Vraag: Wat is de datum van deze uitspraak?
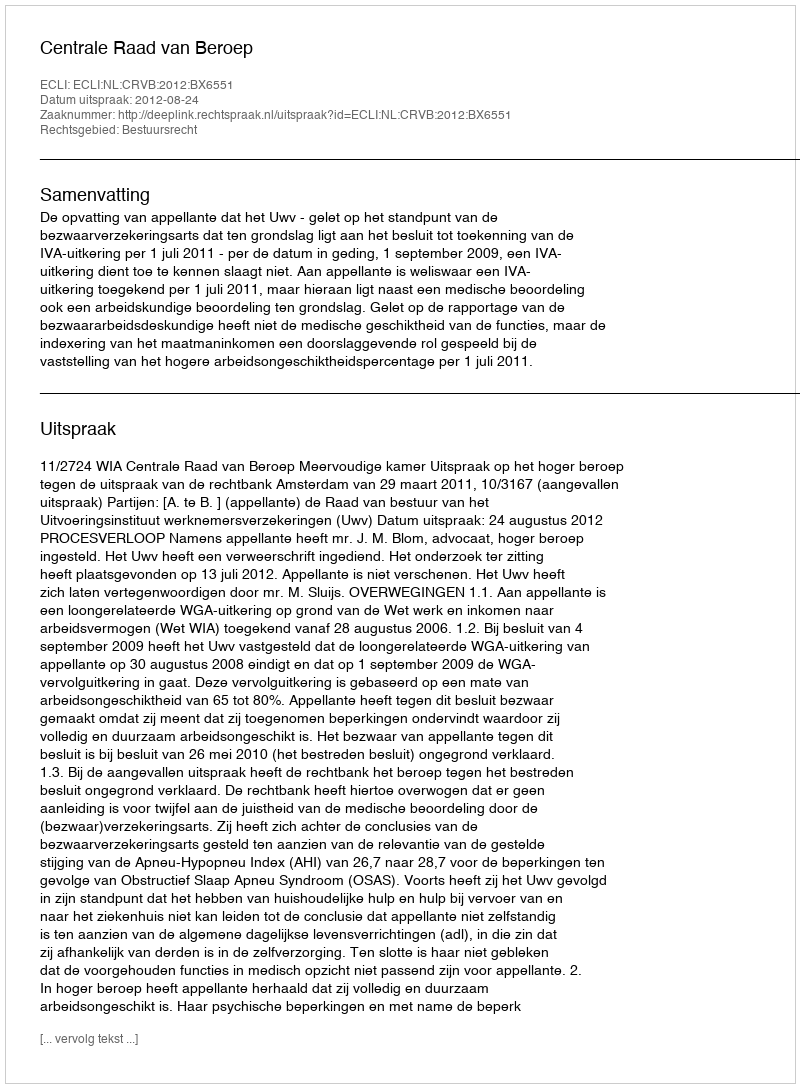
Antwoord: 2012-08-24